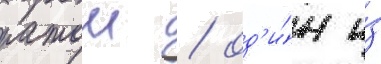
ратош / од'и́н и́з